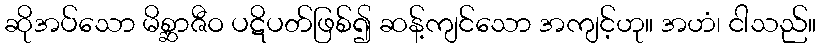
ဆိုအပ်သော မိစ္ဆာဇီဝ ပဋိပတ်ဖြစ်၍ ဆန့်ကျင်သော အကျင့်ဟု။ အဟံ၊ ငါသည်။